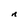
Character: n